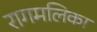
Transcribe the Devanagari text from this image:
रागमलिका